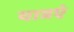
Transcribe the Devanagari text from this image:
यात्रएं